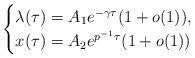
LaTeX: \begin{align*}\begin{cases}\lambda(\tau)= A_{1}e^{-\gamma \tau}(1+o(1)),\\x(\tau)= A_{2}e^{p^{-1}\tau}(1+o(1))\end{cases}\end{align*}